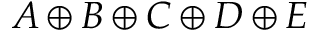
A \oplus B \oplus C \oplus D \oplus E